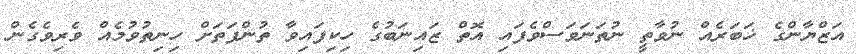
އަޒްޔާންގެ ޚަބަރެއް ނުވާތީ ނުތަނަވަސްވެފައި އޮތް ޒައިނަބުގެ ހިކިފައިވާ ތުންފަތަށް ހިނިތުވުމެއް ވެރިވެގެން